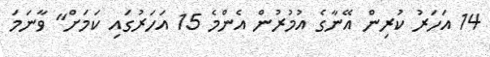
14 އަހަރު ކުރިން އޭނާގެ އުމުރުން އެންމެ 15 އަހަރުގައި ކަމަށް" ވާނަމަ